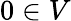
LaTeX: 0\in V